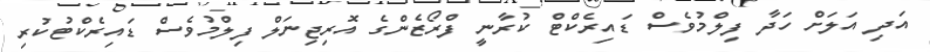
އަދި އަލަށް ހަދާ ފިލްމުވެސް ޑައިރެކްޓް ކުރާނީ ފްރޯޒެންގެ އޮރިޖިނަލް ފިލްމުވެސް ޑައިރެކްޓުކުރި